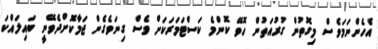
އެހެންނަމަވެސް މިގޮތުން ގުރުއަތުން ހޮވޭ ކޮންމެ ކަސްޓަމަރަކަށް ވެސް ގިނަވެގެން ޖަމާކޮށްދެވޭނީ ބައިލައްކަ